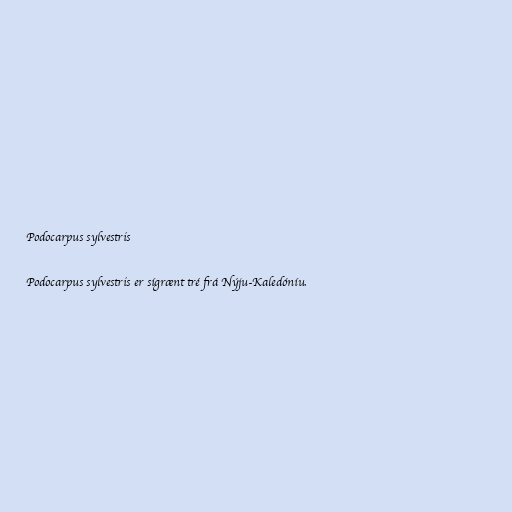
Podocarpus sylvestris

Podocarpus sylvestris er sígrænt tré frá Nýju-Kaledóníu.